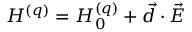
H ^ { ( q ) } = H _ { 0 } ^ { ( q ) } + \vec { d } \cdot \vec { E }